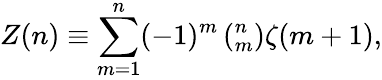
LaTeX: Z(n)\equiv\sum_{m=1}^{n}(-1)^{m}\left(^n_{m}\right)\zeta(m+1),